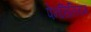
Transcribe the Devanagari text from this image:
पेनसिलियम